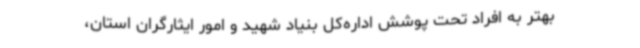
بهتر به افراد تحت پوشش اداره‌کل بنیاد شهید و امور ایثارگران استان،